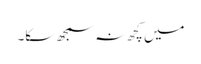
میں کچھ نہ سمجھ سکا۔